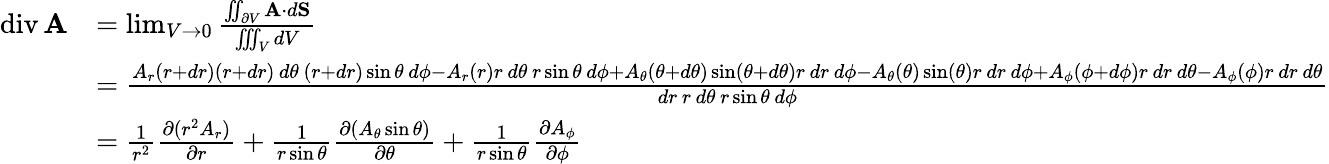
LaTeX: {\begin{array}{rl}{\operatorname{div}\mathbf{A}}&{=\operatorname*{lim}_{V\to 0}{\frac{\iint_{\partial V}\mathbf{A}\cdot d\mathbf{S}}{\iiint_{V}dV}}}\\ &{={\frac{A_{r}(r+dr)(r+dr)\, d\theta\, (r+dr)\sin\theta\, d\phi-A_{r}(r)r\, d\theta\, r\sin\theta\, d\phi+A_{\theta}(\theta+d\theta)\sin(\theta+d\theta)r\, dr\, d\phi-A_{\theta}(\theta)\sin(\theta)r\, dr\, d\phi+A_{\phi}(\phi+d\phi)r\, dr\, d\theta-A_{\phi}(\phi)r\, dr\, d\theta}{dr\, r\, d\theta\, r\sin\theta\, d\phi}}}\\ &{={\frac{1}{r^{2}}}{\frac{\partial(r^{2}A_{r})}{\partial r}}+{\frac{1}{r\sin\theta}}{\frac{\partial(A_{\theta}\sin\theta)}{\partial\theta}}+{\frac{1}{r\sin\theta}}{\frac{\partial A_{\phi}}{\partial\phi}}}\end{array}}